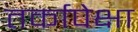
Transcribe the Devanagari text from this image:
तर्कापेक्षा